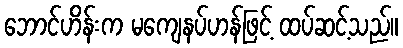
ဘောင်ဟိန်းက မကျေနပ်ဟန်ဖြင့် ထပ်ဆင့်သည်။